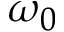
\omega _ { 0 }